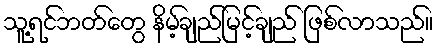
သူ့ရင်ဘတ်တွေ နိမ့်ချည်မြင့်ချည် ဖြစ်လာသည်။